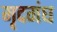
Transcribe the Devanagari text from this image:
मृदगंध